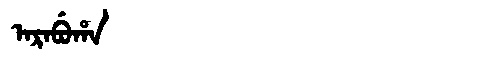
Manchu: ᠠᡵᠠᠪᡠᡥᠠ
Romanization: ARABUHA